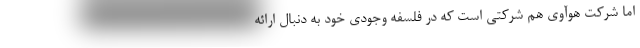
اما شرکت هوآوی هم شرکتی است که در فلسفه وجودی خود به دنبال ارائه